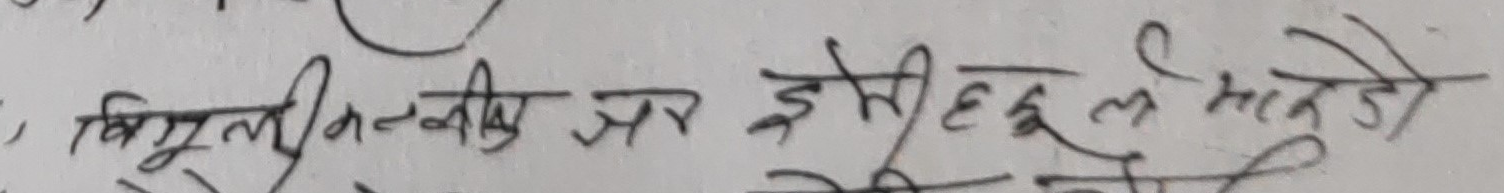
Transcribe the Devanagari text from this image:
बिुली नम्की जत झोली दल भाडे